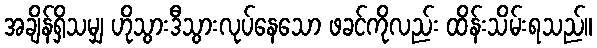
အချိန်ရှိသမျှ ဟိုသွားဒီသွားလုပ်နေသော ဖခင်ကိုလည်း ထိန်းသိမ်းရသည်။